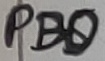
Text: PB0